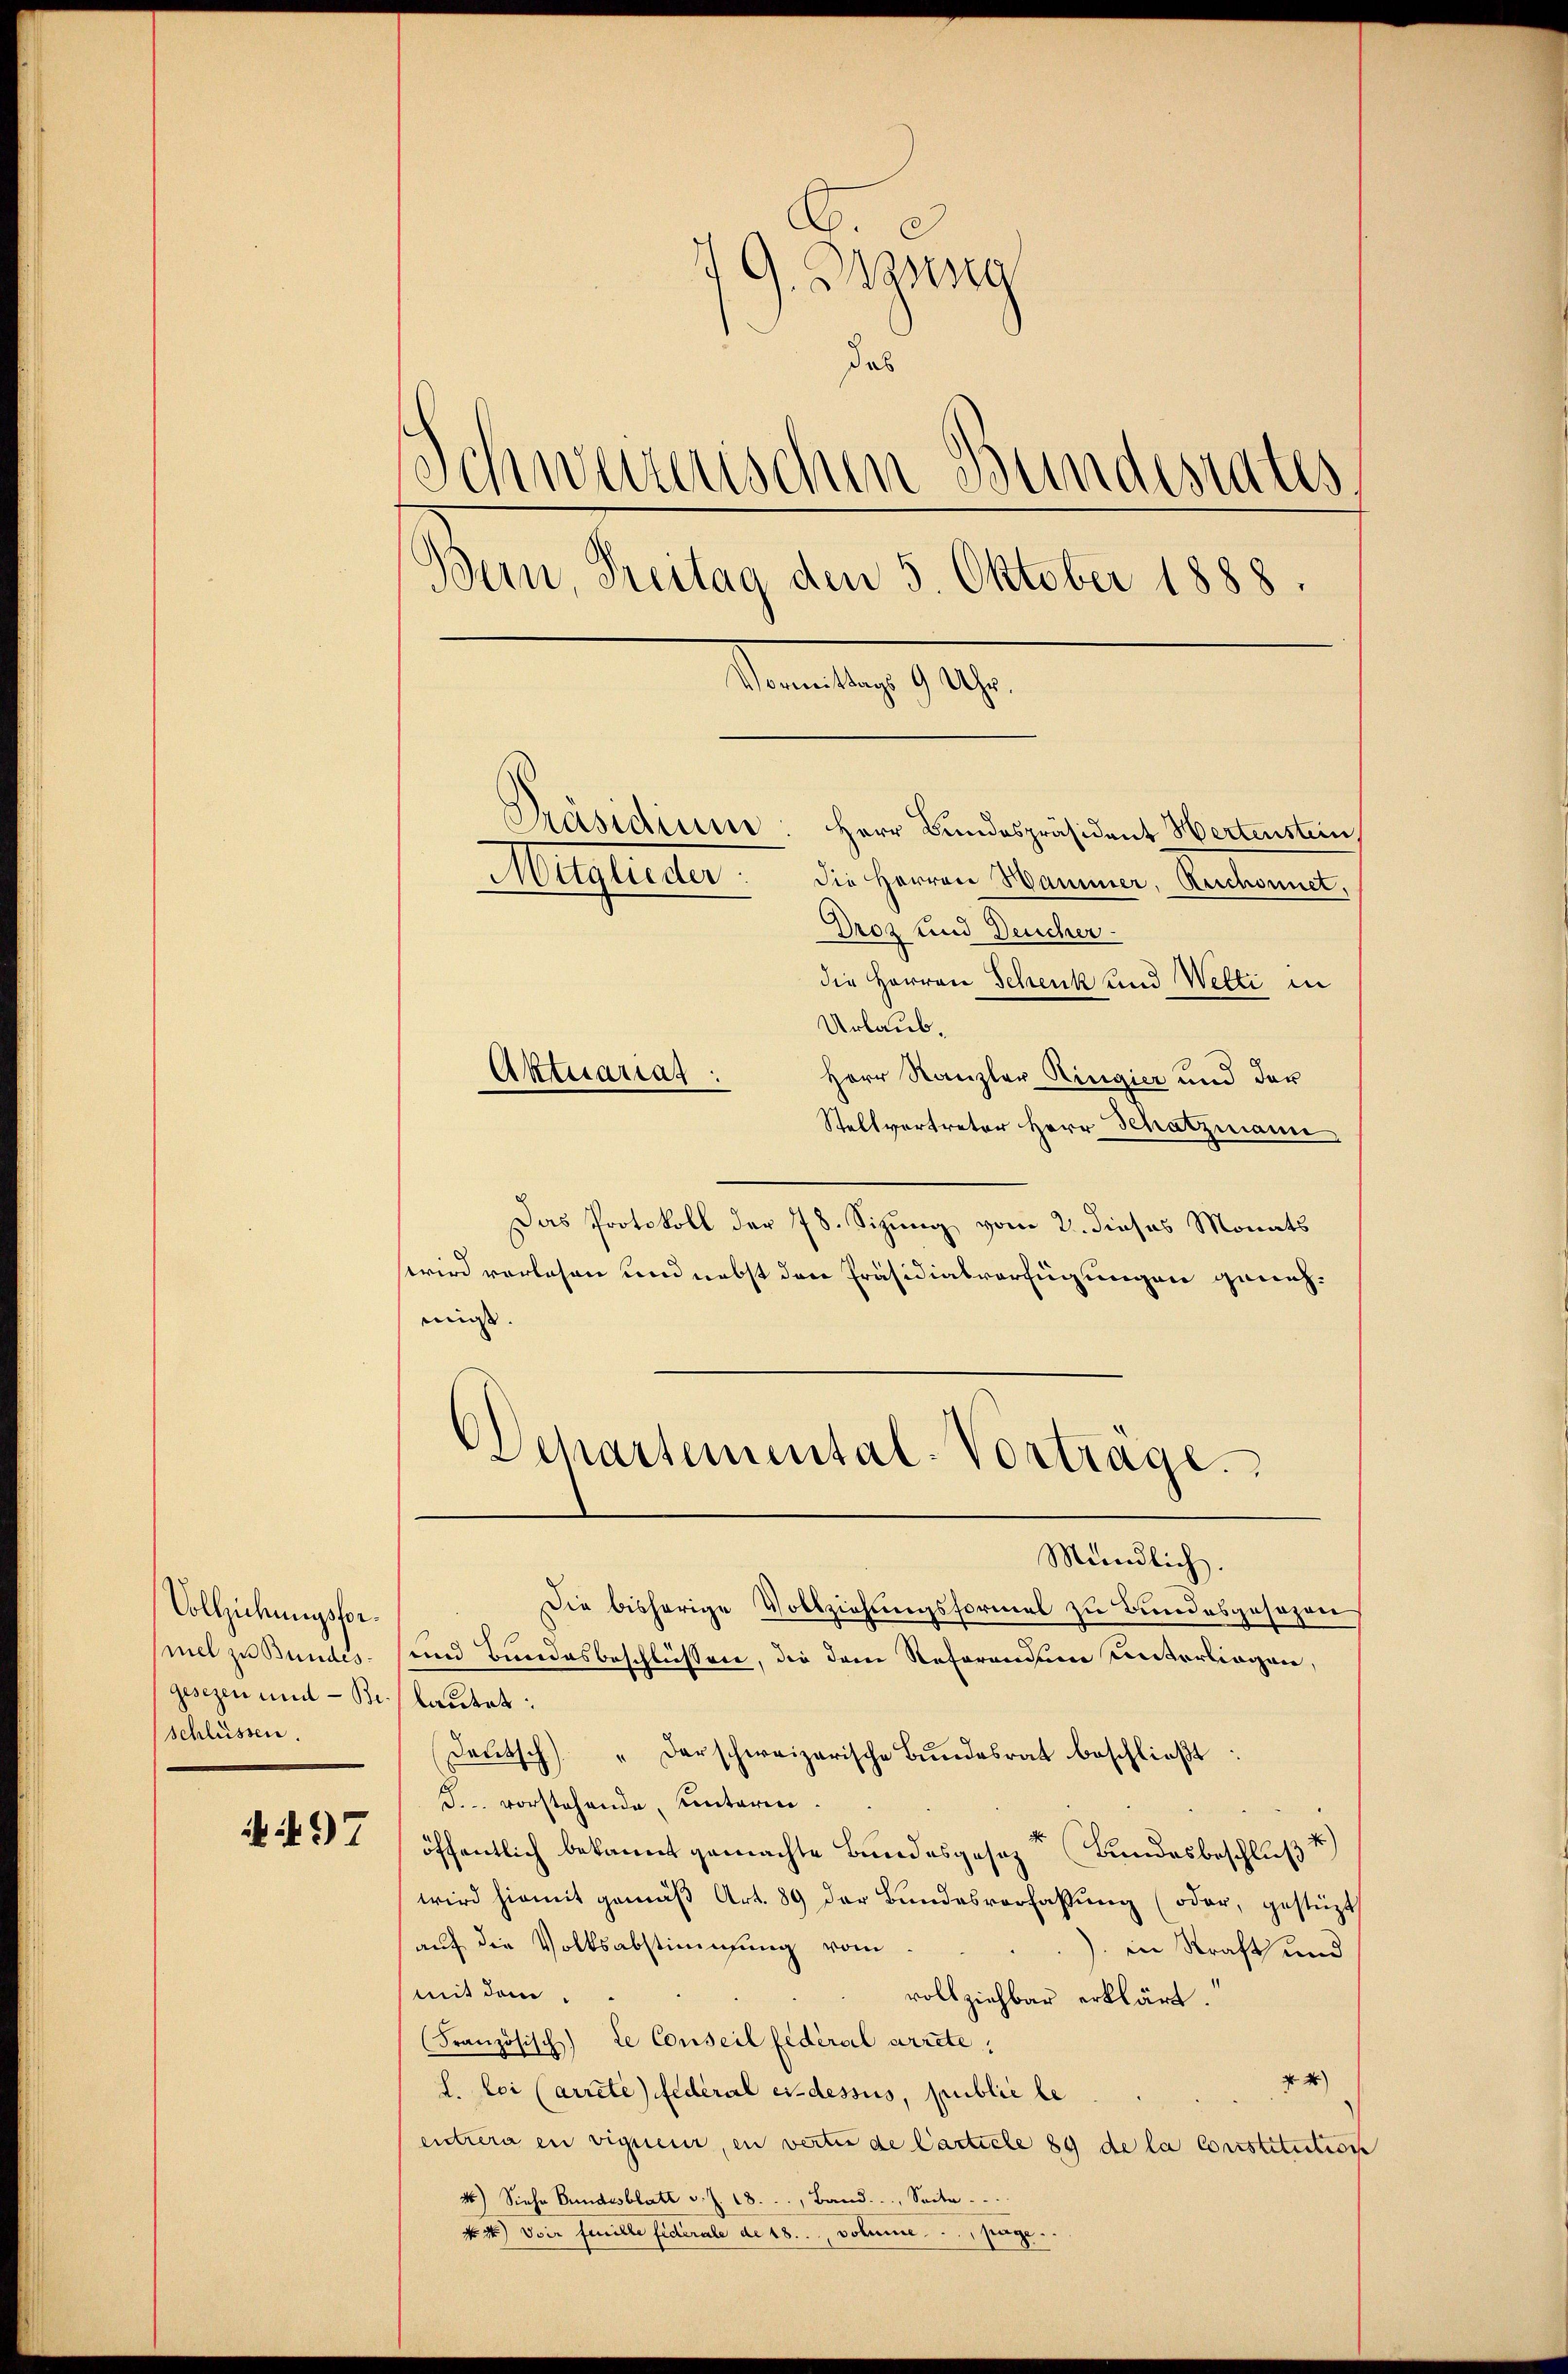
Vollziehungsformel zu Bundesgesezen und - Beschlüssen.

i 97

7) G. Blaseng
das
Schweizerischen Bundesrates.
Bern, Freitag den 5. Oktober 1888.
Vormittags 9 Uhr.

Aktuariag:

Präsidium: Herr Bundespräsident Hertenstein
Abelglieder. Die Herren Mammer, Reichenst
Droz und Deucher
die Herren Schenk und Wetti in
Urlaub¬
Herr Kanzler Ringier und der
Stellvertreter Herr Schatzmann.
Das Protokoll der 78. Sizung vom 2. dieses Monats
wird verlesen und nebst den Präsidialverfügungen genehmisst |
und Bundesbeschließene, die dem Referandum unterliegen,
lautet:
Deutsch " darschweizerische Bundesrat beschließt:
F. vorstehende unteren
öffentlich bekannt gemachte Bundesgesezt (Bundesbeschluß
wird hiemit gemäβ Art. 89 der Bundesverfassŭng (oder, gestüzt
aŭf die Volksabstimmung vom
) in Straft und
mit dem
vollziehbar erklärt.
Französisch) de Conseil fédéral arrete.
N 4)
L. loi (arrete Federal ci-dessus, public be
entrera en vigueur, in verter de Carticle 89 de la Constitution
46) Siehe Bundesblatt v. J. 18..., Band.  ... Seite .....
44) Dir feuille fidérale de 18. votume ... pag.

chartemental-Vortrage.
Mündlich.
Die bisherige Vollziehungsformel zu Bundesgesezen